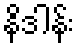
နိဒါန်း